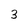
Character: 3